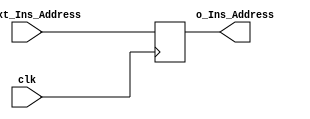
module pc(
    clk,
    i_Next_Ins_Address,
    o_Ins_Address
    );
    
    input clk;
    input [15:0] i_Next_Ins_Address;
    output [15:0] o_Ins_Address;
    
    reg [15:0] r_pc_counter = 0;
    
    always @( posedge clk ) begin 
        r_pc_counter = i_Next_Ins_Address;
    end
    
    assign o_Ins_Address = r_pc_counter;

endmodule